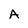
Character: A